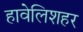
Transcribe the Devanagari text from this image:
हावेलिशहर